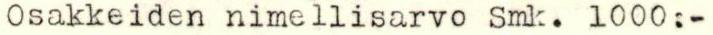
Osakkeiden nimellisarvo Smk. 1000:-